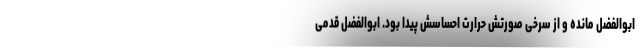
ابوالفضل مانده و از سرخی صورتش حرارت احساسش پیدا بود. ابوالفضل قدمی